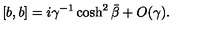
[ b , b ] = i \gamma ^ { - 1 } \cosh ^ { 2 } \bar { \beta } + O ( \gamma ) .